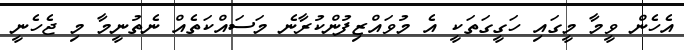
އެހެން ވީމާ މީގައި ހަގީގަތަކީ އެ މުވައްޒިފުންކުރާނެ މަސައްކަތެއް ނެތުނީމާ މި ޖެހެނީ